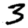
Digit: 3